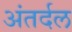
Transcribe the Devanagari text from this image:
अंतर्दल